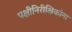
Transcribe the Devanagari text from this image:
पक्षीनिरीक्षिकांना